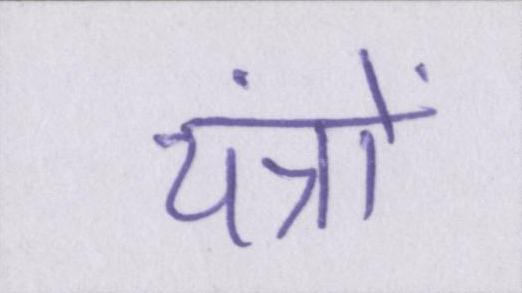
यंत्रों